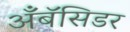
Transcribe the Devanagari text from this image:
अँबॅसिडर